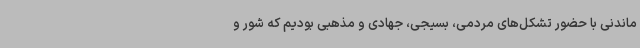
ماندنی با حضور تشکل‌های مردمی، بسیجی، جهادی و مذهبی بودیم که شور و